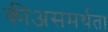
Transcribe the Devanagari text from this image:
कीअसमर्थता